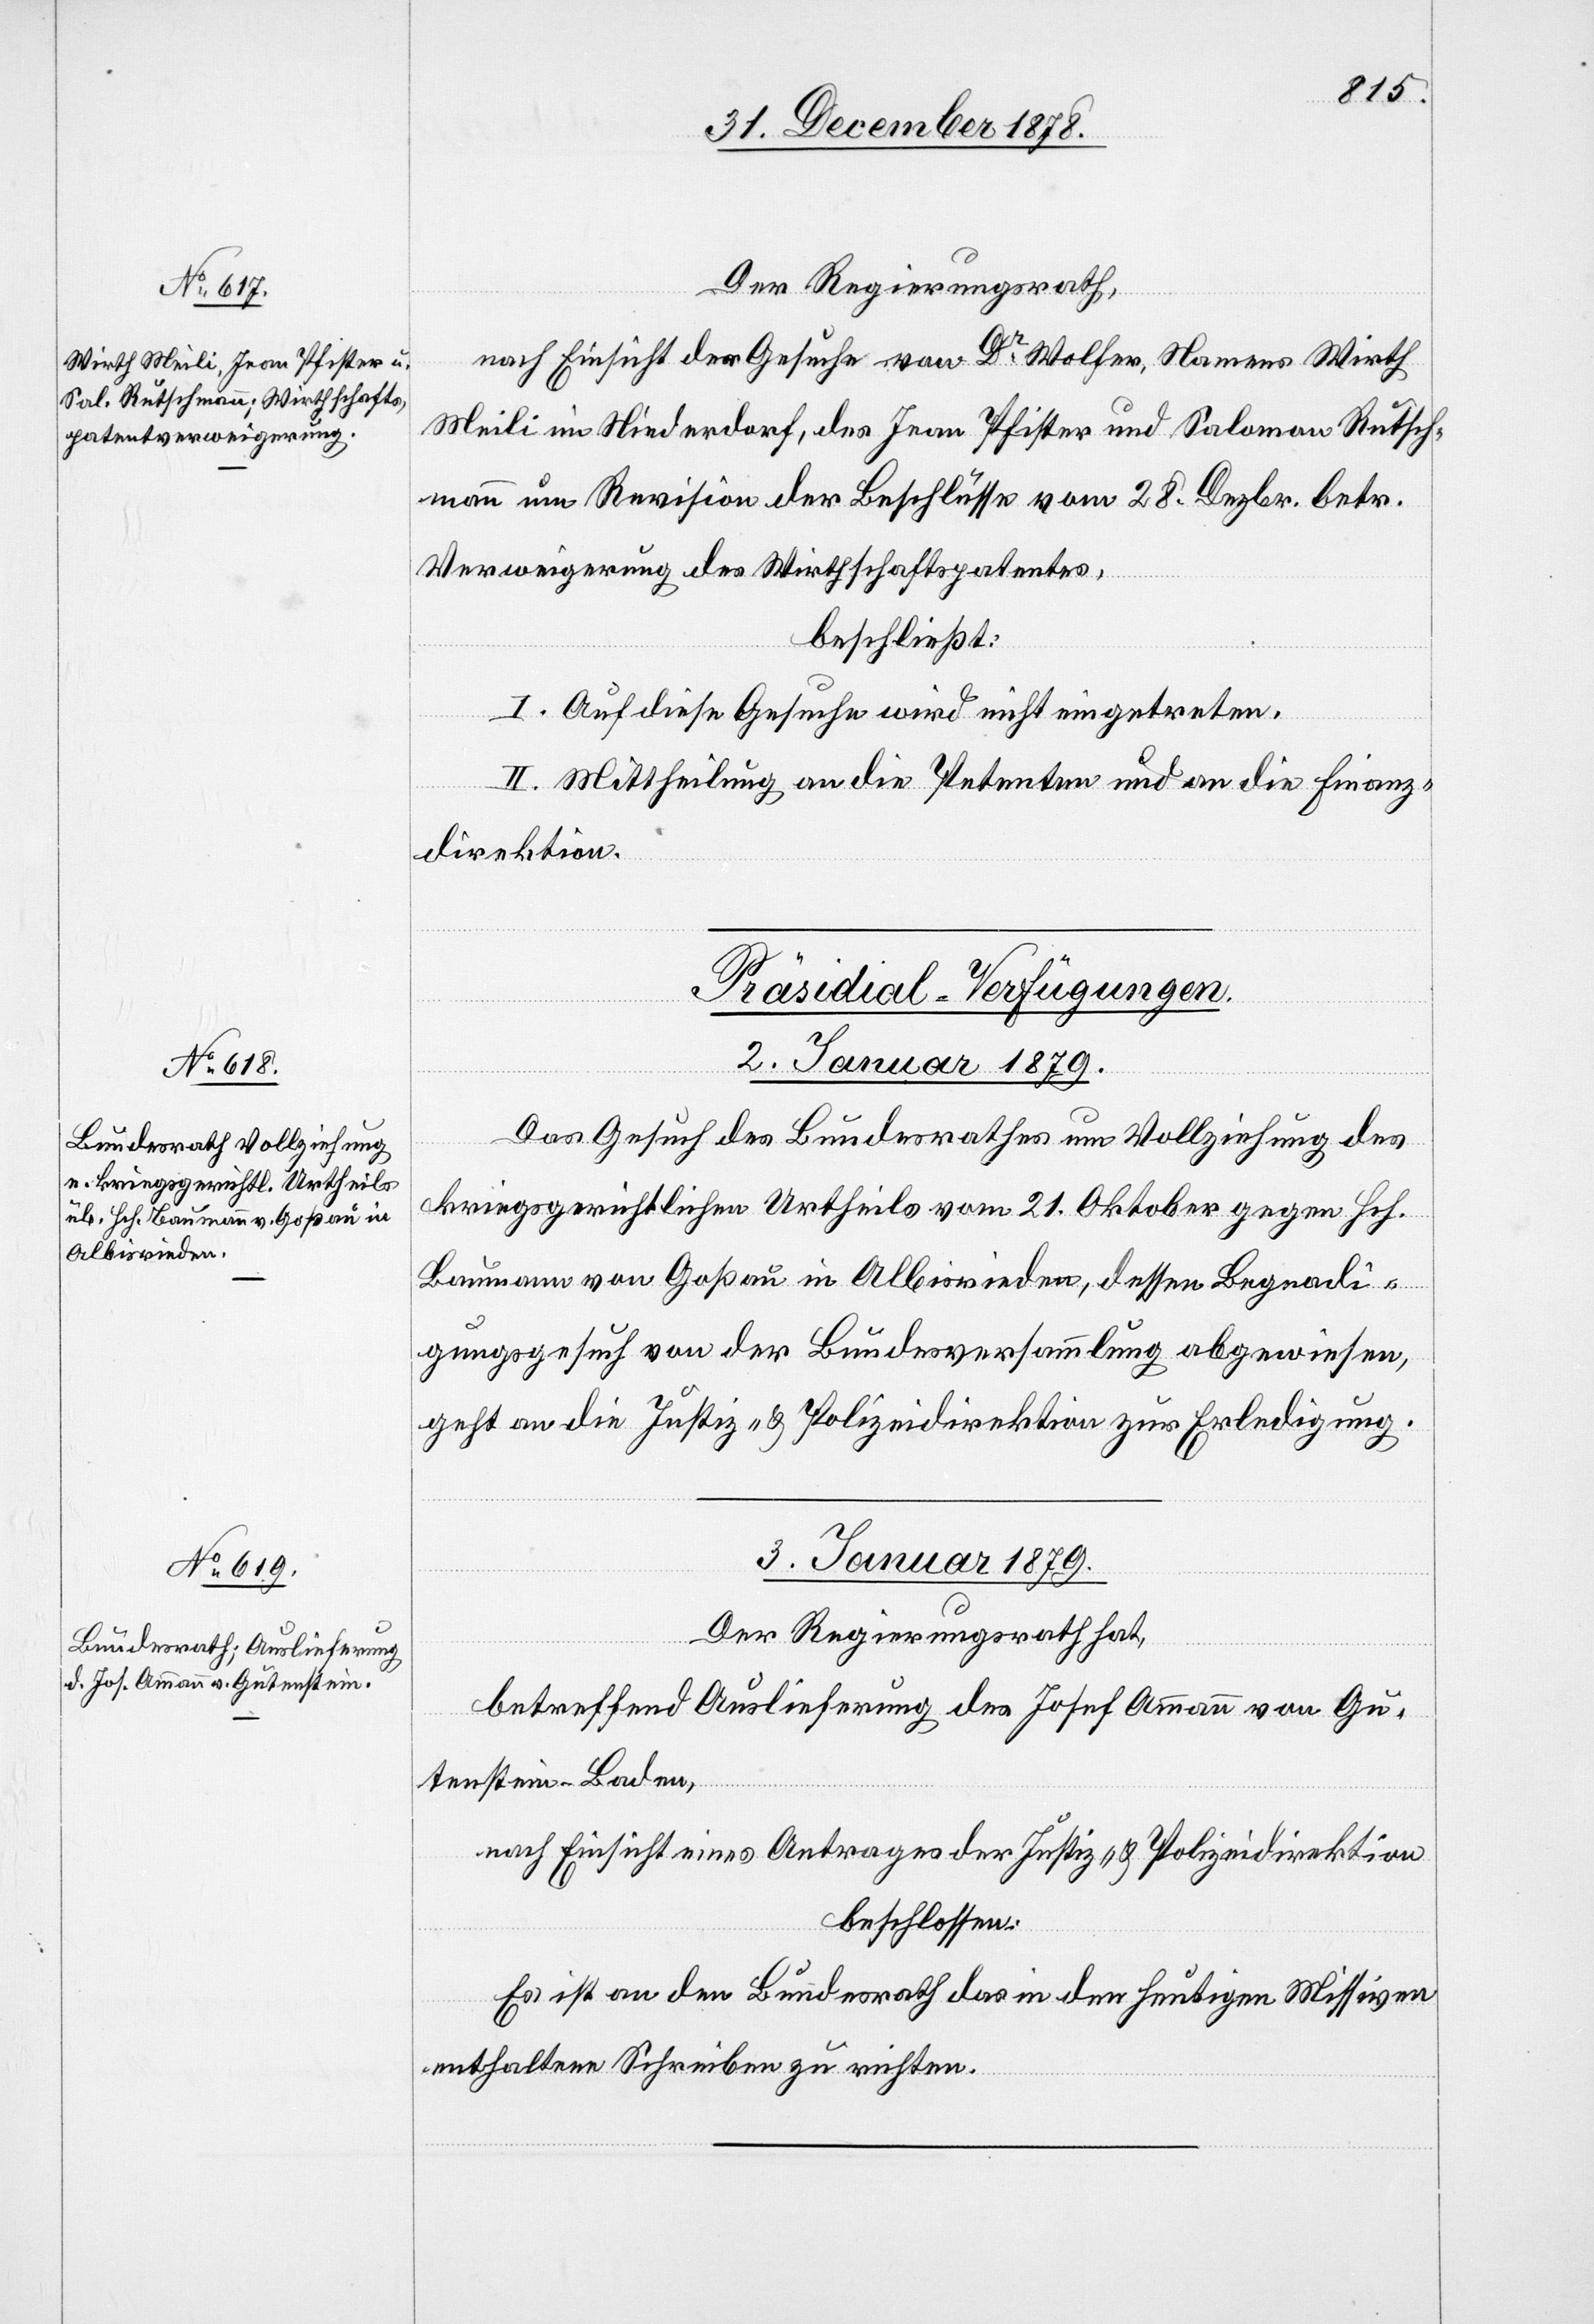
Der Regierungsrath,
nach Einsicht des Gesuche von Dr Wolfer, Namens Wirth
Meili im Niederdorf, des Jean Pfister und Salomon Rutsch¬
mann um Revision der Beschlüsse vom 28. Dezbr. betr.
Verweigerung des Wirthschaftspatentes,
beschließt:
I. Auf diese Gesuche wird nicht eingetreten.
II. Mittheilung an die Petenten und an die Finanz¬
direktion.
[Präsidial-Verfügungen.]
2. Januar 1879.
Das Gesuch des Bundesrathes um Vollziehung des
kriegsgerichtlichen Urtheils vom 21. Oktober gegen Hch.
Baumann von Goßau in Albisrieden, dessen Begnadi¬
gungsgesuch von der Bundesversammlung abgewiesen,
geht an die Justiz- & Polizeidirektion zur Erledigung.
3. Januar 1879.
Der Regierungsrath hat,
betreffend Auslieferung des Josef Ammann von Gu¬
tenstein - Baden,
nach Einsicht eines Antrages der Justiz- & Polizeidirektion,
beschlossen:
Es ist an den Bundesrath das in den heutigen Missiven
enthaltene Schreiben zu richten.